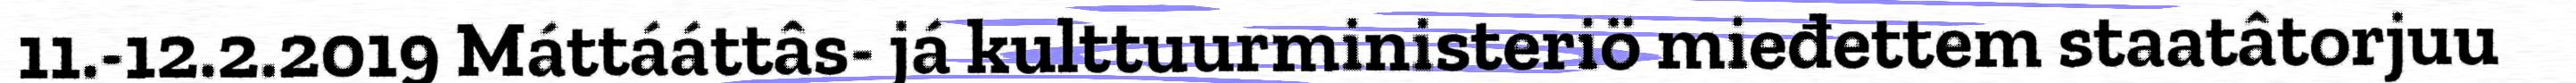
11.-12.2.2019 Máttááttâs- já kulttuurministeriö mieđettem staatâtorjuu